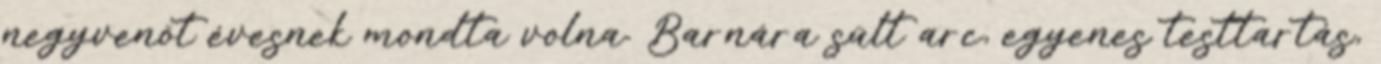
negyvenöt évesnek mondta volna. Barnára sült arc, egyenes testtartás,